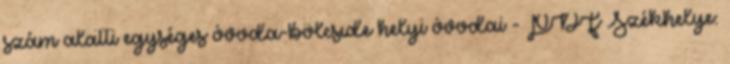
szám alatti egységes óvoda-bölcsıde helyi óvodai - PDF Székhelye: